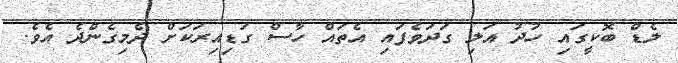
ލެޑް ބޮކީގައި ހުދު އަލި ގަދަވެފައި އެތައް ހާސް ގަޑިއިރަކަށް ދެމިގެންދެ އެވެ.